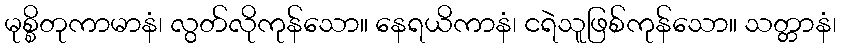
မုစ္စိတုကာမာနံ၊ လွတ်လိုကုန်သော။ နေရယိကာနံ၊ ငရဲသူဖြစ်ကုန်သော။ သတ္တာနံ၊